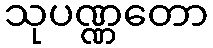
သုပဏ္ဏတော